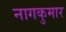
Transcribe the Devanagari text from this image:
नागकुमार